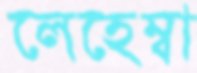
লেহেম্বা